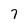
Character: 7